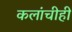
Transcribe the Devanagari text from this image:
कलांचीही